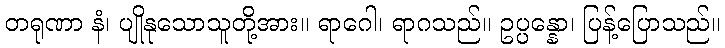
တရုဏာ နံ၊ ပျိုနုသောသူတို့အား။ ရာဂေါ၊ ရာဂသည်။ ဥပ္ပန္နော၊ ပြန့်ပြောသည်။